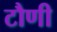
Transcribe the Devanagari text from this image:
टौणी